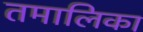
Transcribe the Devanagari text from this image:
तमालिका